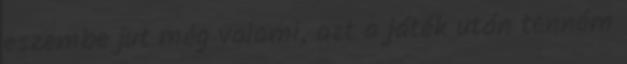
eszembe jut még valami, azt a játék után tenném